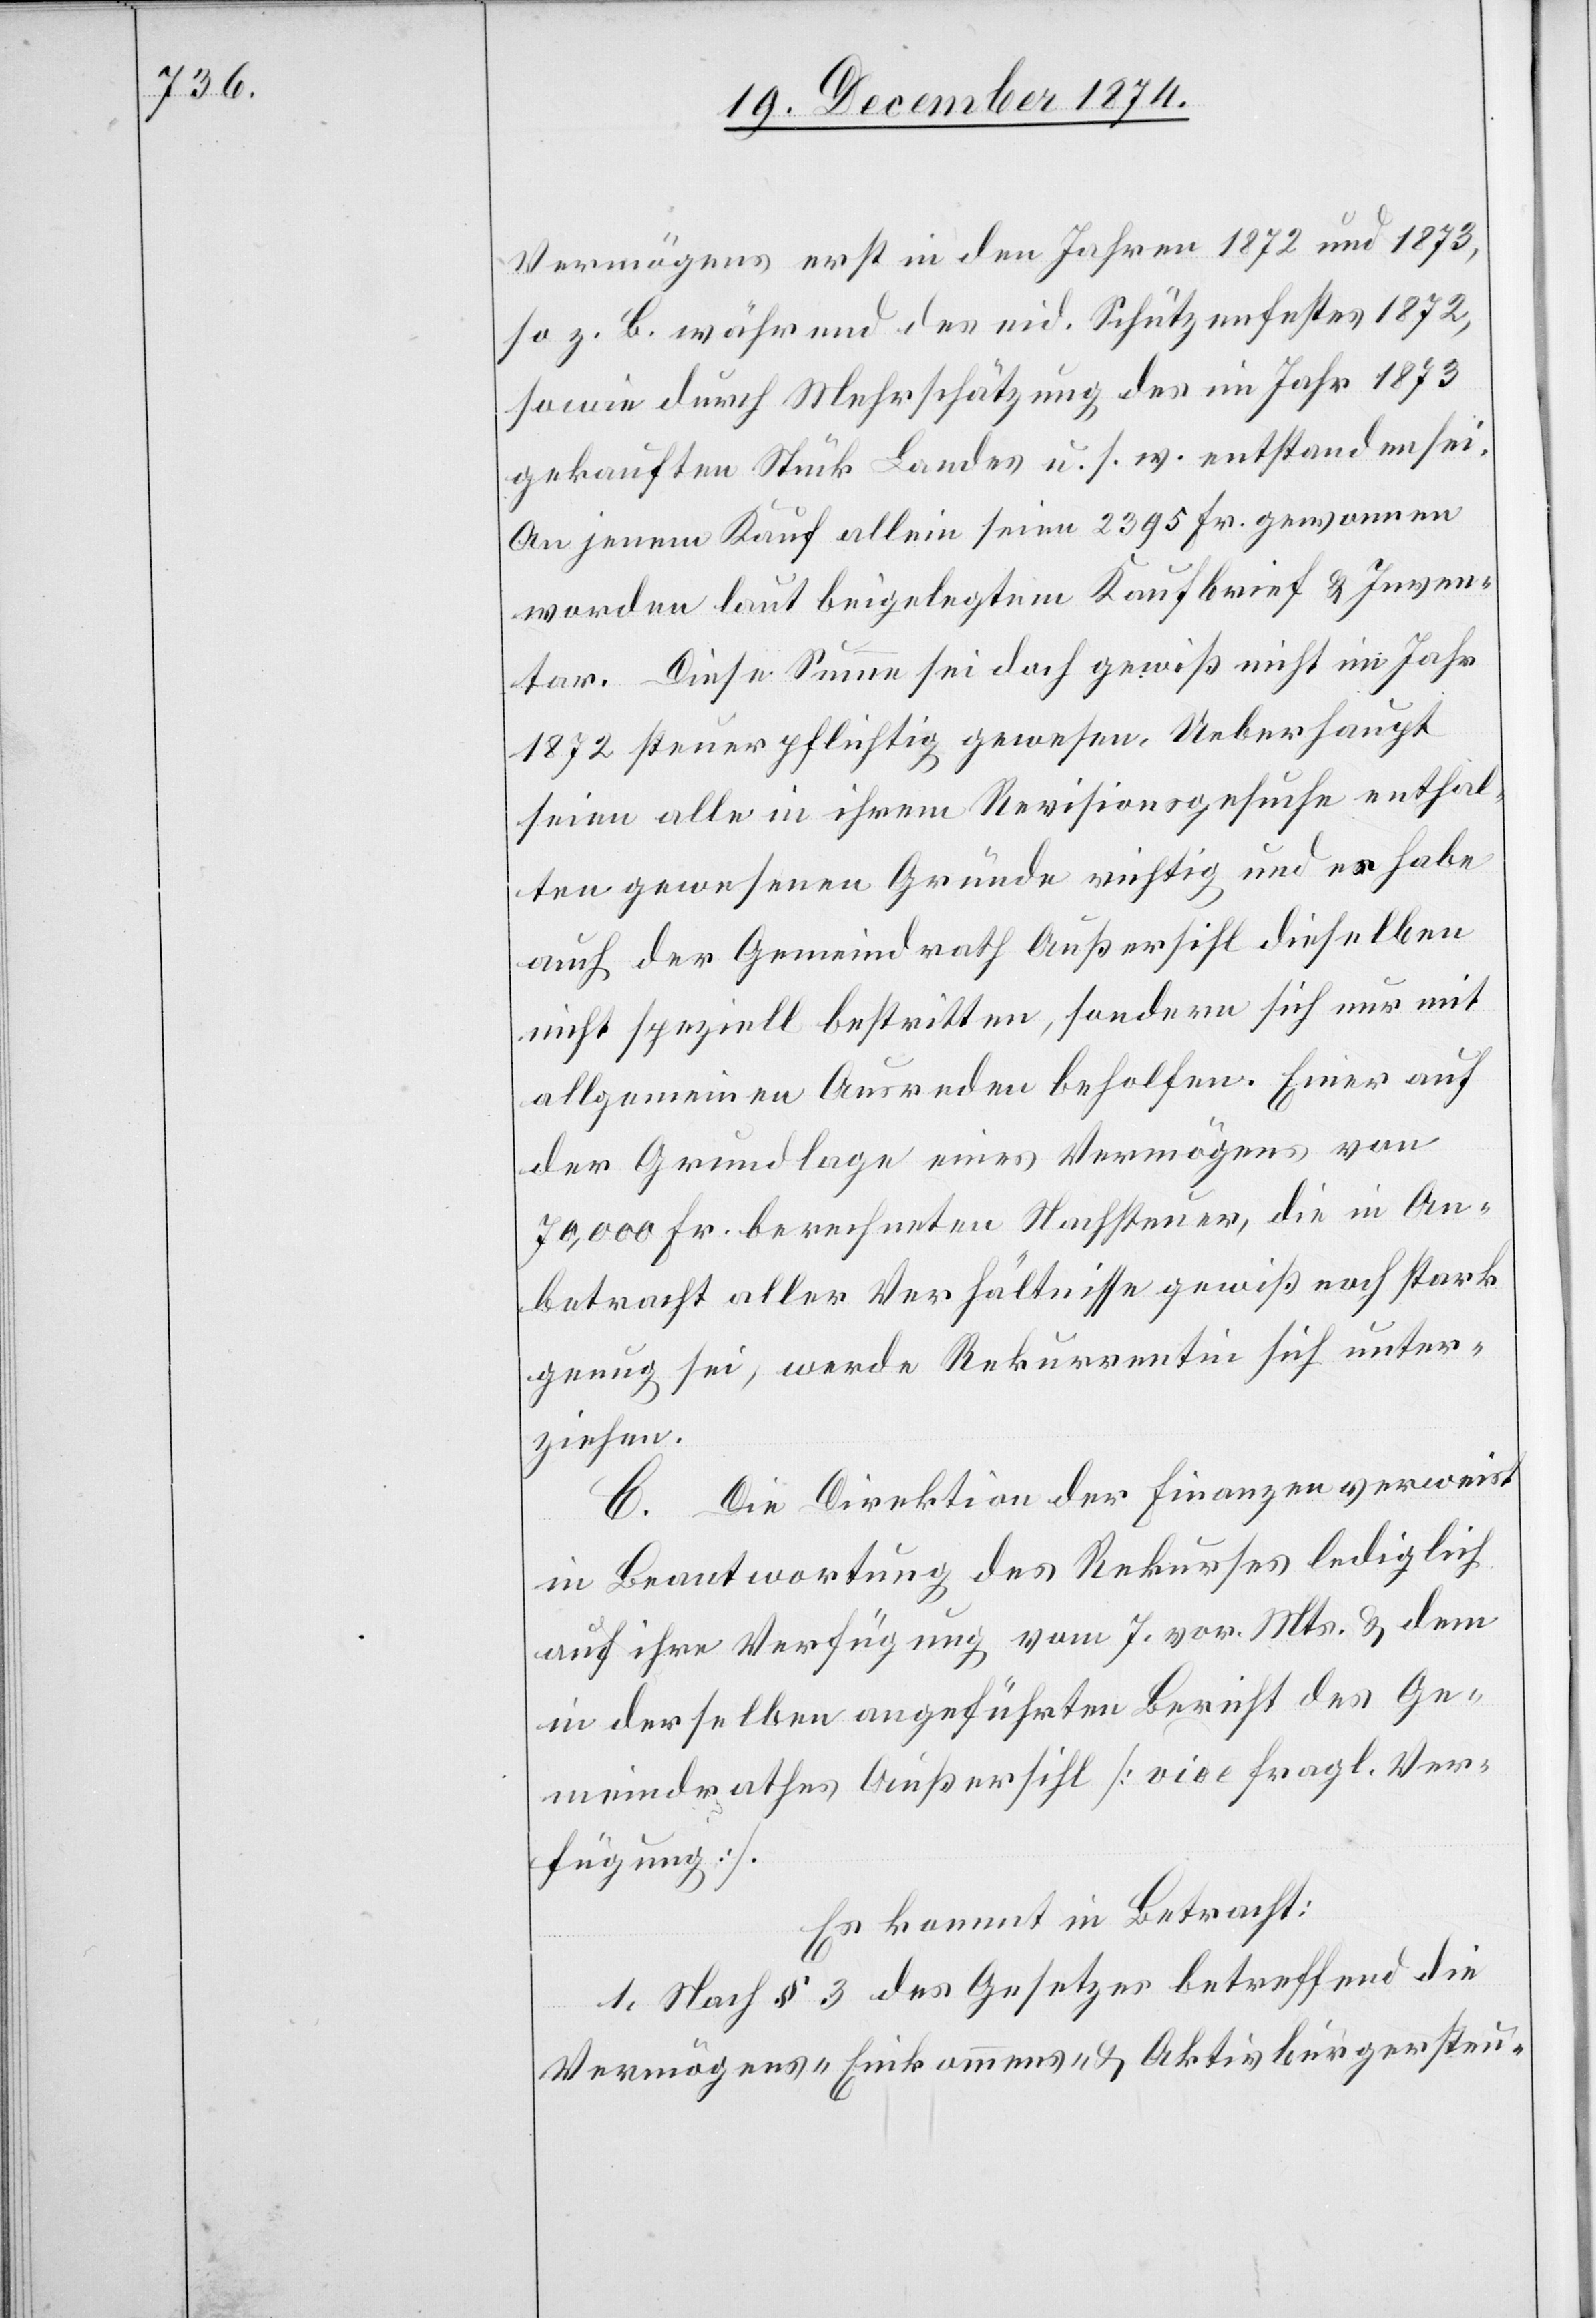
Vermögens erst in den Jahren 1872 und 1873,
so z. B. während des eid. Schützenfestes 1872,
sowie durch Mehrschätzung des im Jahr 1873
gekauften Stück Landes u. s. w. entstanden sei.
An jenem Kauf allein seien 2395 Fr. gewonnen
worden laut beigelegtem Kaufbrief & Inven¬
tar. Diese Summe sei doch gewiß nicht im Jahr
1872 steuerpflichtig gewesen. Ueberhaupt
seien alle in ihrem Revisionsgesuche enthal¬
ten gewesenen Gründe richtig und es habe
auch der Gemeindrath Außersihl dieselben
nicht speziell bestritten, sondern sich nur mit
allgemeinen Ausreden beholfen. Einer auf
der Grundlage eines Vermögens von
70,000 Fr. berechneten Nachsteuer, die in An¬
betracht aller Verhältnisse gewiß noch stark
genug sei, werde Rekurrentin sich unter¬
ziehen.
C. Die Direktion der Finanzen verweist
in Beantwortung des Rekurses lediglich
auf ihre Verfügung vom 7. vor. Mts. & dem
in derselben angeführten Bericht des Ge¬
meindrathes Außersihl [vide fragl. Ver¬
fügung].
Es kommt in Betracht:
1. Nach § 3 des Gesetzes betreffend die
Vermögens-[,] Einkommens- &. Aktivbürgersteu-